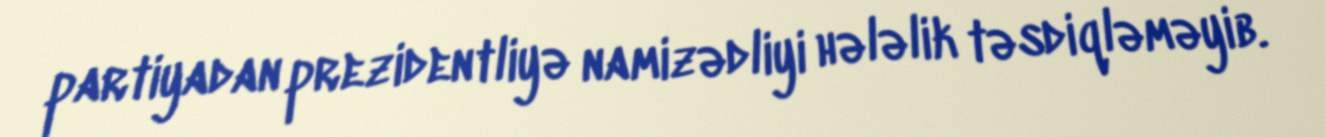
partiyadan prezidentliyə namizədliyi hələlik təsdiqləməyib.